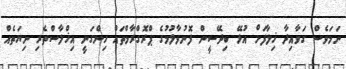
ނަމަވެސް ގަވާއިދާ ޚިލާފަށް އުޅޭ ބިދޭސީން ފޮނުވާލުމުގެ ޕްރޮގްރާމްތައް ހިންގަނީ އިޚްލާސްތެރި ނިޔަތެއް